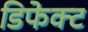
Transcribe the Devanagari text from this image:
डिफेक्‍ट